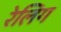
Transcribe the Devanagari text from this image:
रेलिग